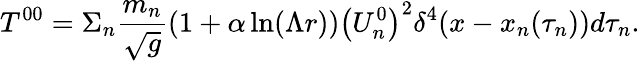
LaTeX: T^{00}=\Sigma_{n}\frac{m_{n}}{\sqrt{g}}\left(1+\alpha\ln(\Lambda r)\right)\left(U_{n}^{0}\right)^{2}\delta^{4}(x-x_{n}(\tau_{n}))d\tau_{n}.